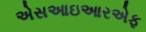
એસઆઇઆરએફ